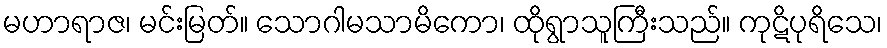
မဟာရာဇ၊ မင်းမြတ်။ သောဂါမသာမိကော၊ ထိုရွာသူကြီးသည်။ ကုဋိပုရိသေ၊